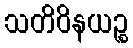
သတိဝိနယဉ္စ